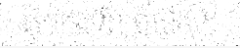
ជុំ រំកងទ័ព បារាំង ។